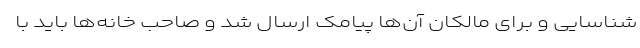
شناسایی و برای مالکان آن‌ها پیامک ارسال شد و صاحب خانه‌ها باید با